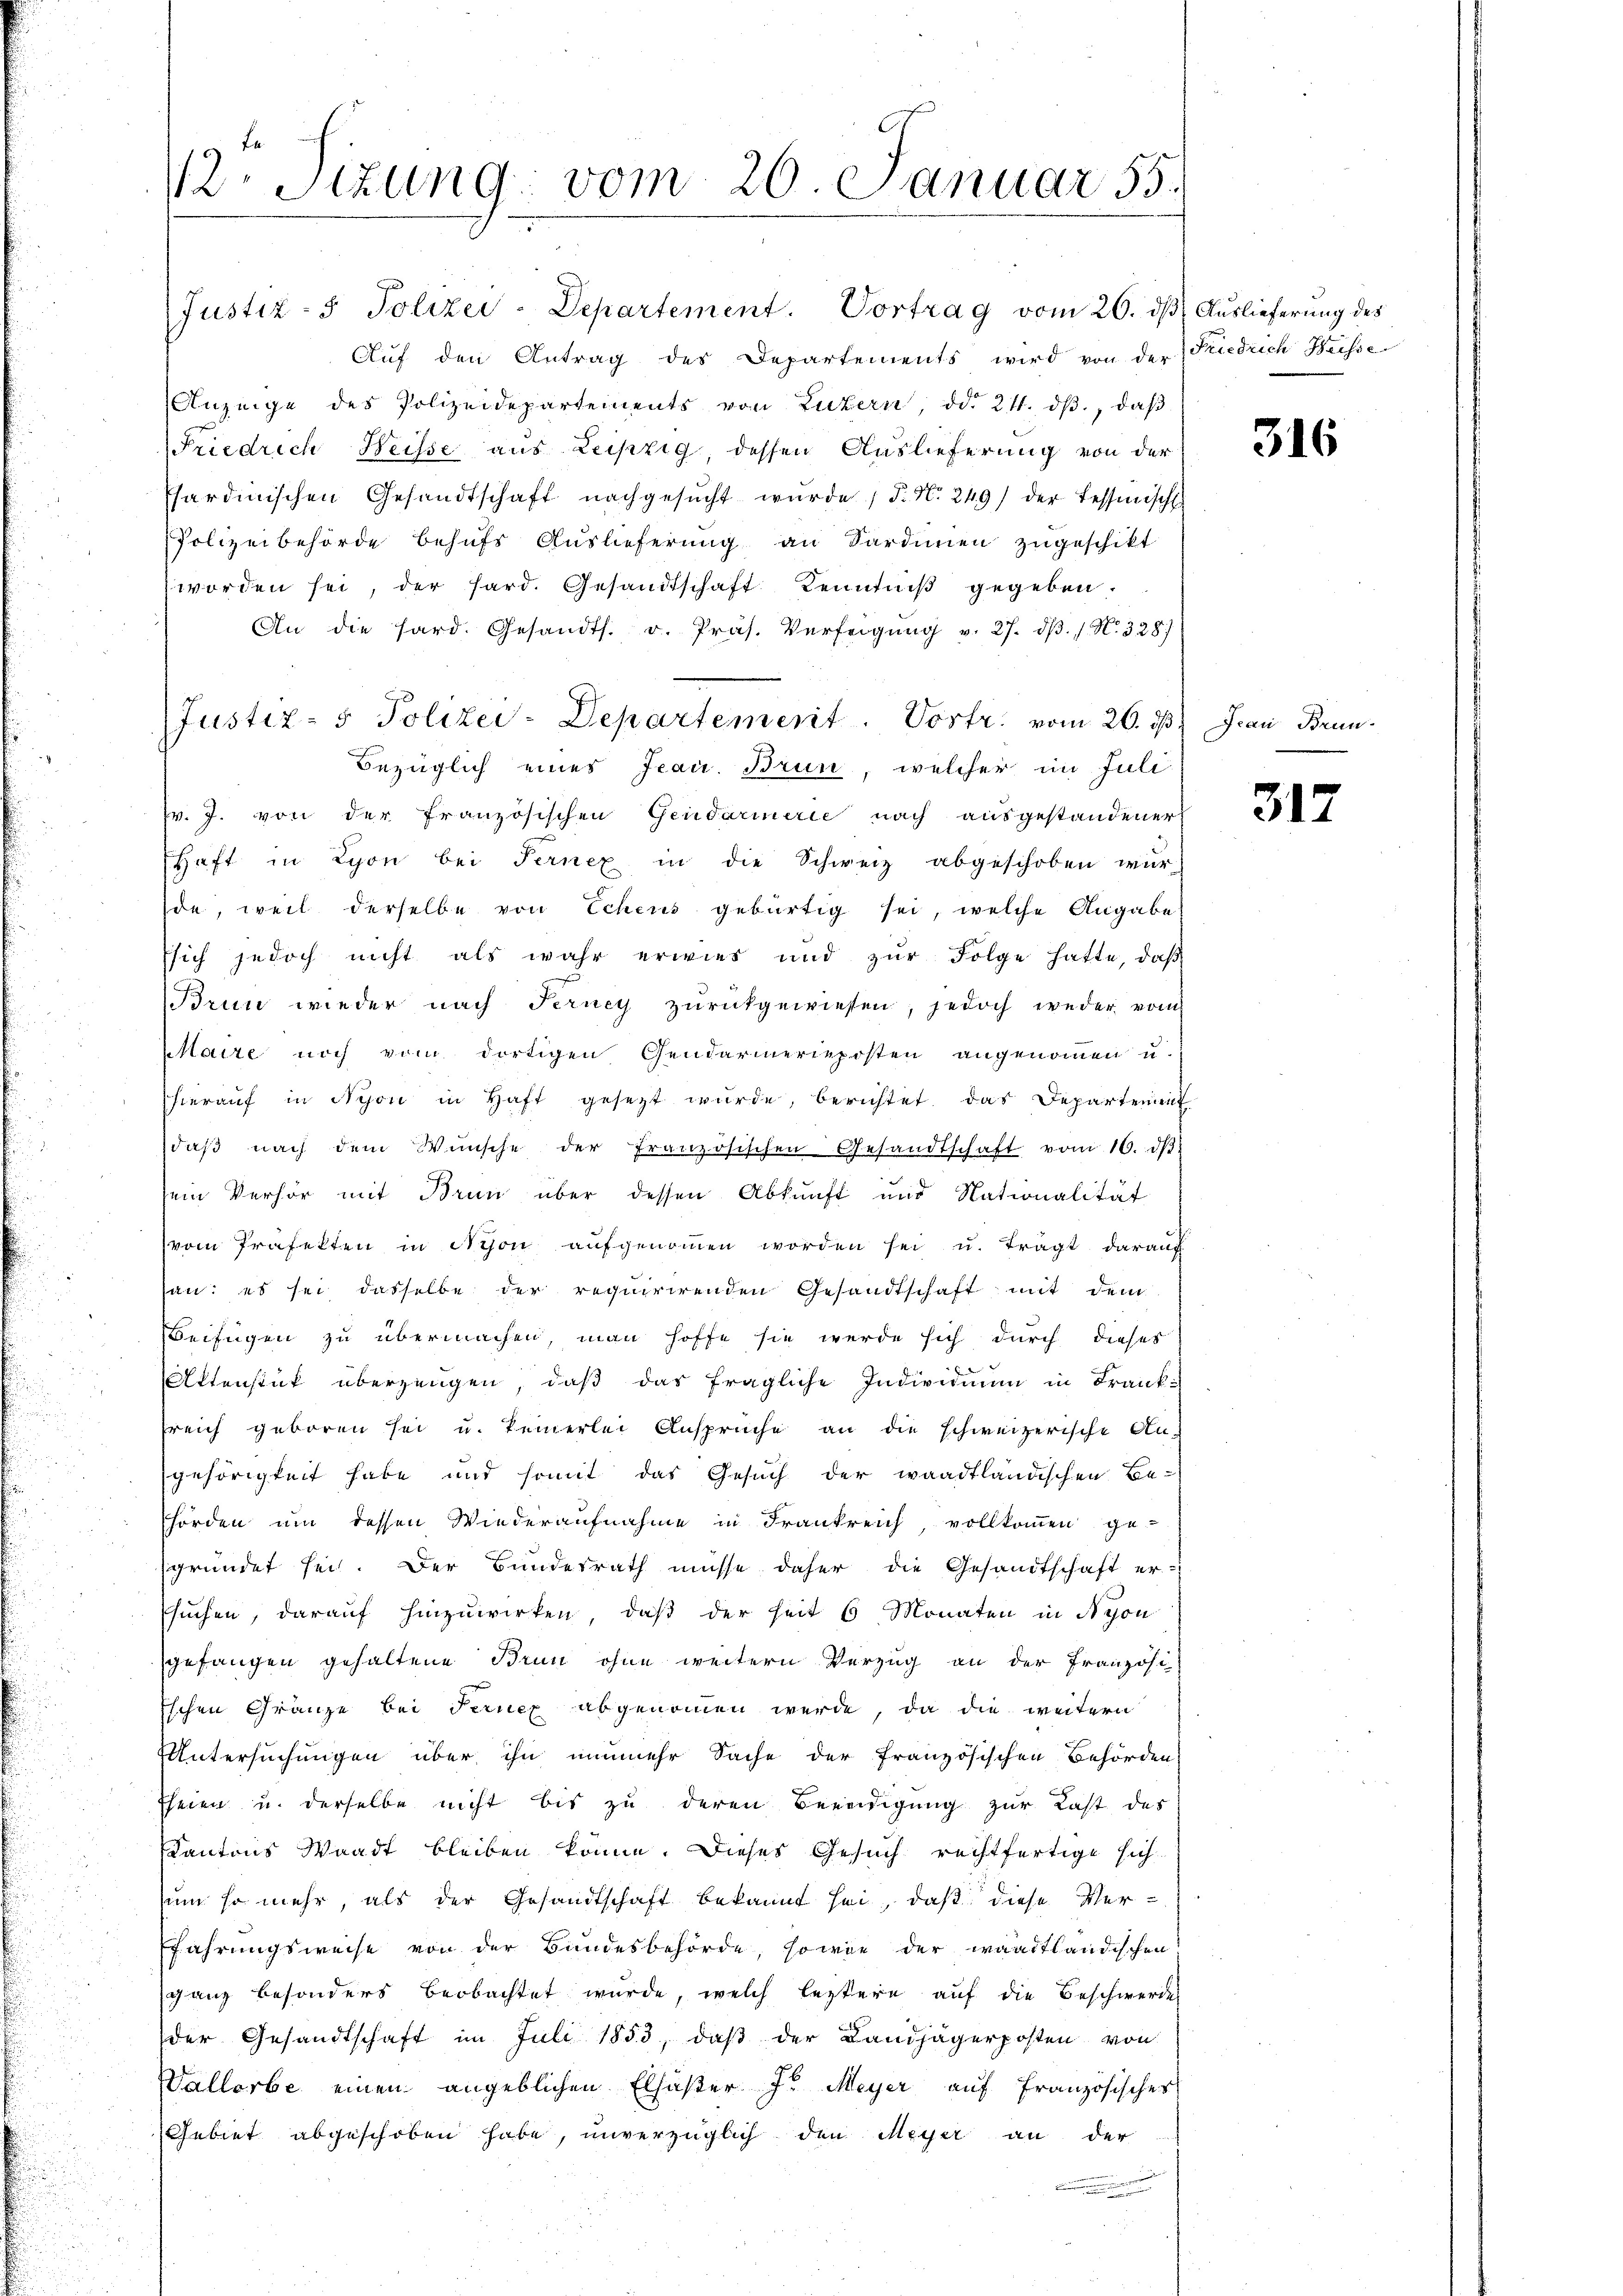
12. Sizung: vom 26. Januar 55.

Justiz- & Polizei-Departement. Vortrag vom 26. dβ Auslieferung des
Aŭf den Antrag des Departements wird von der Friedrich Heisse
Anzeige des Polizeidepartements von Luzern, ddo 24. dβ., daβ
Friedrich Weisse aus Leipzig, dessen Auslieferung von der
sardinischen Gesandtschaft nachgesŭcht wŭrde, S. N. 249) der Tessinische
Polizeibehörde behufs Auslieferung an Sardinien zugeschikt
worden sei, der Pard. Gesandtschaft Kenntniß gegeben.
An die hard. Gesandts. v. Präs. Verfeigŭng v. 27. dβ. / N. 328)
Justiz- & Polizei-Departement. Vortr. vom 26. ds
Bezüglich eines Jean. Brun, welcher im Juli
Fr. J. von der französischen Gendarmerie nach ausgestandener
Haft in Lyon bei Fernex in die Schweiz abgeschoben wür-
de, weil derselbe von Echens gebürtig sei, welche Angabe
ssich jedoch nicht als wahr erwies und zŭr Folge hatte, daβ
Brun wieder nach Ferney zurückgewiesen, jedoch weder vom
Maire noch vom dortigen Gendarmerieposten angenommen u.
hieraŭf in Nyon in Haft gesetzt wŭrde, berichtet, das Departement
daβ nach dem Wünsche der französischen Gesandtschaft vom 16. ds.
sein Verhör mit Brun über dessen Abkunft und Nationalität
vom Präfekten in Nyon aufgenoṁen worden sei u. trägt darauf
san: es sei, dasselbe der requirirenden Gesandtschaft mit dem
Beifügen zu übermachen, man hoffe sie werde sich durch dieses
Attenstück überzeugen, daß das fragliche Individuum in Frank-
sreich geboren sei u. keinerlei Ansprüche an die schweizerische An-
gehörigkeit habe und somit das Gesuch der waadtländischen Be-
hörden um dessen Wiederaufnahme in Frankreich, vollkommen ge-
sgründet sei. Der Bundesrath müsse daher die Gesandtschaft er-
suchen, darauf hinzuwirken, daß der seit 6 Monaten in Nyon
gefangen gehaltene Brun ohne weitern Verzug an der Französi-
Eschen Gränze bei Fernez abgenommen werde, da die weitern
Untersuchungen über ihn nunmehr Sache der französischen Behörden
Eheien u. derselbe nicht bis zu deren Beendigung zur Last des
Kantons Waadt bleiben könne. Dieses Gesuch rechtfertige sich
sum so mehr, als der Gesandtschaft bekannt sei, daß diese Ver¬
Efahrungsweise von der Bandesbehörde, sowie der waadtländischen
ganz besonders beobachtet wurde, welch leztere auf die Beschwerdes
der Gesandtschaft im Juli 1853, daß der Landjägerposten von
Vallorbe einen angeblichen Elsaster J. Meyer auf Französisches
Gebiet abgeschoben habe, unverzüglich den Meyer an der
e

316

Jrau Brun¬

317